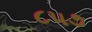
૮૫૭